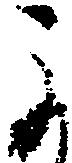
よ